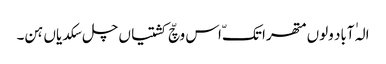
الہٰ آباد ولوں متھرا تکّ اس وچّ کشتیاں چل سکدیاں ہن۔